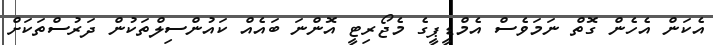
އެކަން އެހެން ގޮތް ނަމަވެސް އެމްޑީޕީގެ މެޖޯރިޓީ އޮންނަ ބައެއް ކައުންސިލްތަކުން ދަރުސްތަކަށް